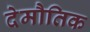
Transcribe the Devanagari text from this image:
देमौतिक